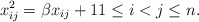
\begin{gather*}x_{ij}^2= \beta x_{ij} + 1 1 \le i < j \le n.\end{gather*}